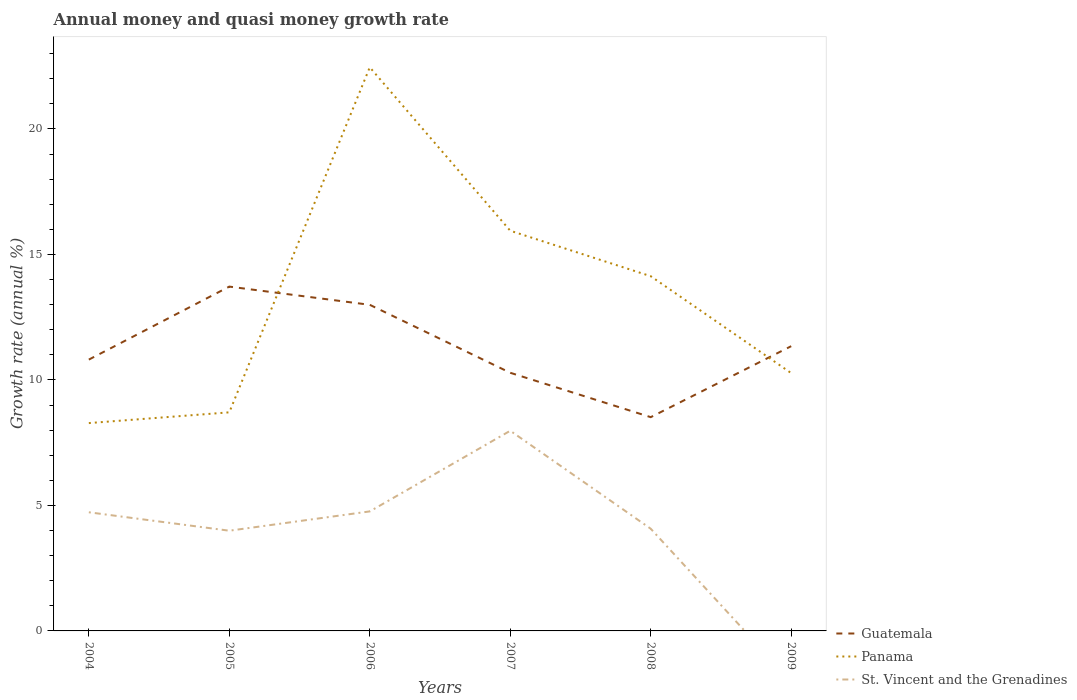
| Years | Guatemala | Panama | St. Vincent and the Grenadines |
 | --- | --- | --- | --- |
 | 2004 | 10.8 | 8.28 | 4.73 |
 | 2005 | 13.7 | 8.71 | 3.99 |
 | 2006 | 13 | 22.5 | 4.76 |
 | 2007 | 10.3 | 15.9 | 7.98 |
 | 2008 | 8.52 | 14.1 | 4.07 |
 | 2009 | 11.3 | 10.3 | -2.01 |